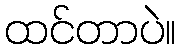
ထင်တာပဲ။